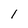
Character: 1